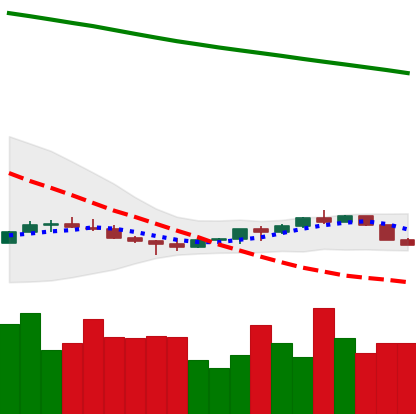
Ticker: EOS-USD
Chart end date: 2022-07-12
Forward return: 7.229%
Label: up_7plus